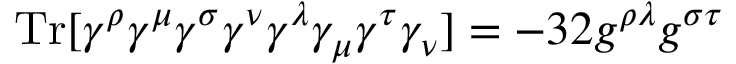
\mathrm { T r } [ \gamma ^ { \rho } \gamma ^ { \mu } \gamma ^ { \sigma } \gamma ^ { \nu } \gamma ^ { \lambda } \gamma _ { \mu } \gamma ^ { \tau } \gamma _ { \nu } ] = - 3 2 g ^ { \rho \lambda } g ^ { \sigma \tau }